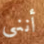
أنني